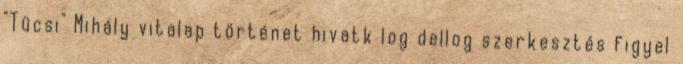
"Tücsi" Mihály vitalap történet hivatk log dellog szerkesztés figyel